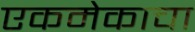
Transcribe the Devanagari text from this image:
एकमेकाचा